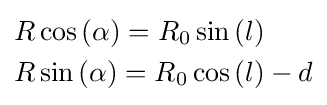
{\begin{aligned}&R\cos \left(\alpha \right)=R_{0}\sin \left(l\right)\\&R\sin \left(\alpha \right)=R_{0}\cos \left(l\right)-d\\\end{aligned}}